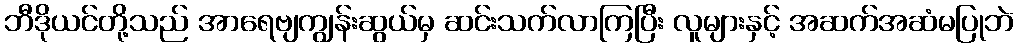
ဘီဒိုယင်တို့သည် အာရေဗျကျွန်းဆွယ်မှ ဆင်းသက်လာကြပြီး လူများနှင့် အဆက်အဆံမပြုဘဲ